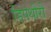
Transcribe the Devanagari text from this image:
डिपथीरी